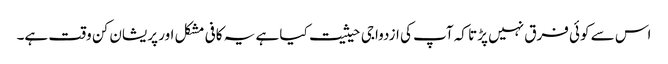
اس سے کوئی فرق نہیں پڑتا کہ آپ کی ازدواجی حیثیت کیا ہے یہ کافی مشکل اور پریشان کن وقت ہے۔